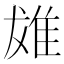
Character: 𨾩